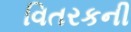
વિતરકની